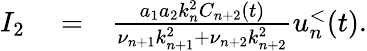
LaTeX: \begin{array}{rlr}{I_{2}}&{{}=}&{\frac{a_{1}a_{2}k_{n}^{2}C_{n+2}(t)}{\nu_{n+1}k_{n+1}^{2}+\nu_{n+2}k_{n+2}^{2}}u_{n}^{<}(t).}\end{array}